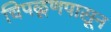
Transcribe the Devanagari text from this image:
चिपळूणपासून